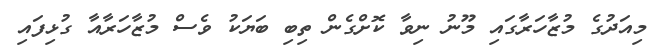
މިއަދުގެ މުޒާހަރާގައި މޫނު ނިވާ ކޮށްގެން ތިބި ބަޔަކު ވެސް މުޒާހަރާއާ ގުޅިފައި